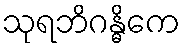
သုရဘိဂန္ဓိကေ